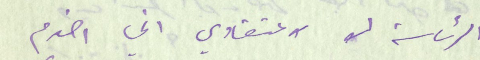
الرئاسة لو لاعتقادي اني اخدم